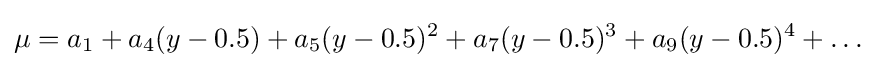
\mu =a_{1}+a_{4}(y-0.5)+a_{5}(y-0.5)^{2}+a_{7}(y-0.5)^{3}+a_{9}(y-0.5)^{4}+\dots